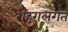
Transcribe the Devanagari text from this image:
शहरालगत